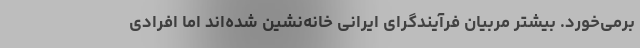
برمی‌خورد. بیشتر مربیان فرآیندگرای ایرانی خانه‌نشین شده‌اند اما افرادی